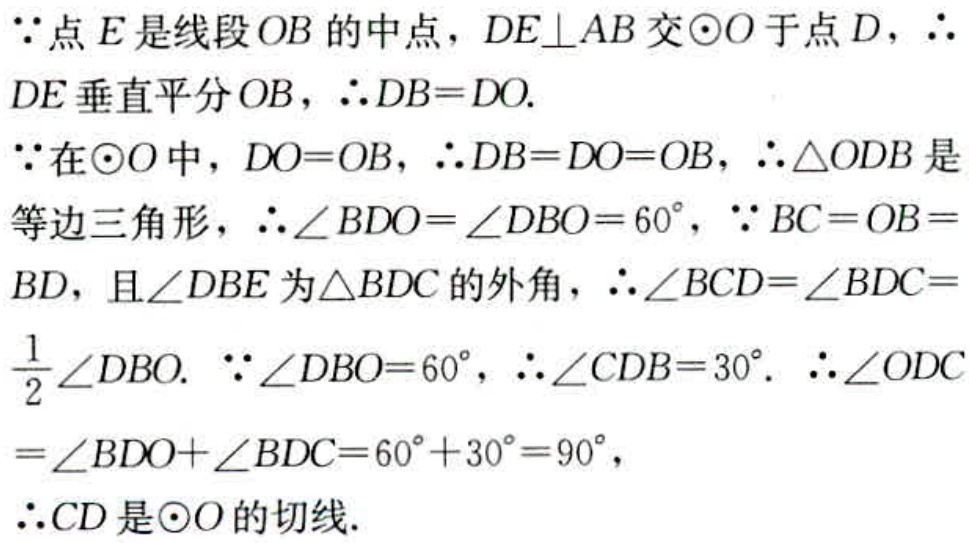
$\because$点$E$是线段$OB$的中点，$DE\perp AB$交$\odot O$于点$D$，$\therefore$
$DE$垂直平分$OB$，$\therefore DB = DO$.
$\because$在$\odot O$中，$DO = OB$，$\therefore DB = DO = OB$，$\therefore \triangle ODB$是
等边三角形，$\therefore \angle BDO=\angle DBO = 60^{\circ}$，$\because BC = OB=$
$BD$，且$\angle DBE$为$\triangle BDC$的外角，$\therefore \angle BCD=\angle BDC =$
$\frac{1}{2}\angle DBO$. $\because \angle DBO = 60^{\circ}$，$\therefore \angle CDB = 30^{\circ}$. $\therefore \angle ODC$
$=\angle BDO+\angle BDC = 60^{\circ}+30^{\circ}=90^{\circ}$，
$\therefore CD$是$\odot O$的切线.